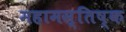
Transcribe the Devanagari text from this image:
महामस्तिष्क